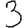
Digit: 3